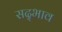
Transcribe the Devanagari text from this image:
सद्‍भाव